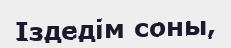
Іздедім соны,